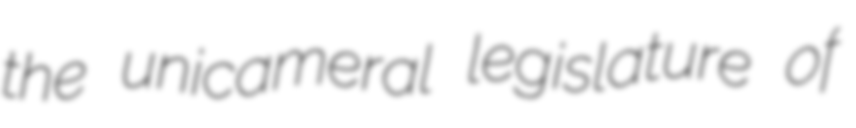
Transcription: the unicameral legislature of